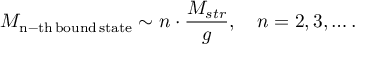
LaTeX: M _ { \mathrm { n - t h \, b o u n d \, s t a t e } } \sim n \cdot \frac { M _ { s t r } } { g } , \quad n = 2 , 3 , \ldots .